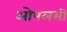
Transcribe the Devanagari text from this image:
ओपलभी